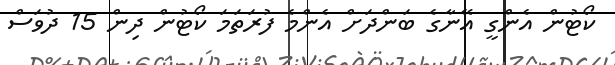
ކޯޓުން އެންގީ އޭނާގެ ބަންދަށް އެންމެ ފުރަތަމަ ކޯޓުން ދިން 15 ދުވަސް